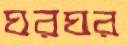
ঘরঘর